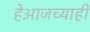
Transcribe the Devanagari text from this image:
हेआजच्याही